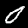
Label: 0